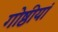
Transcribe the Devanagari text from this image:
गोष्ठीयां